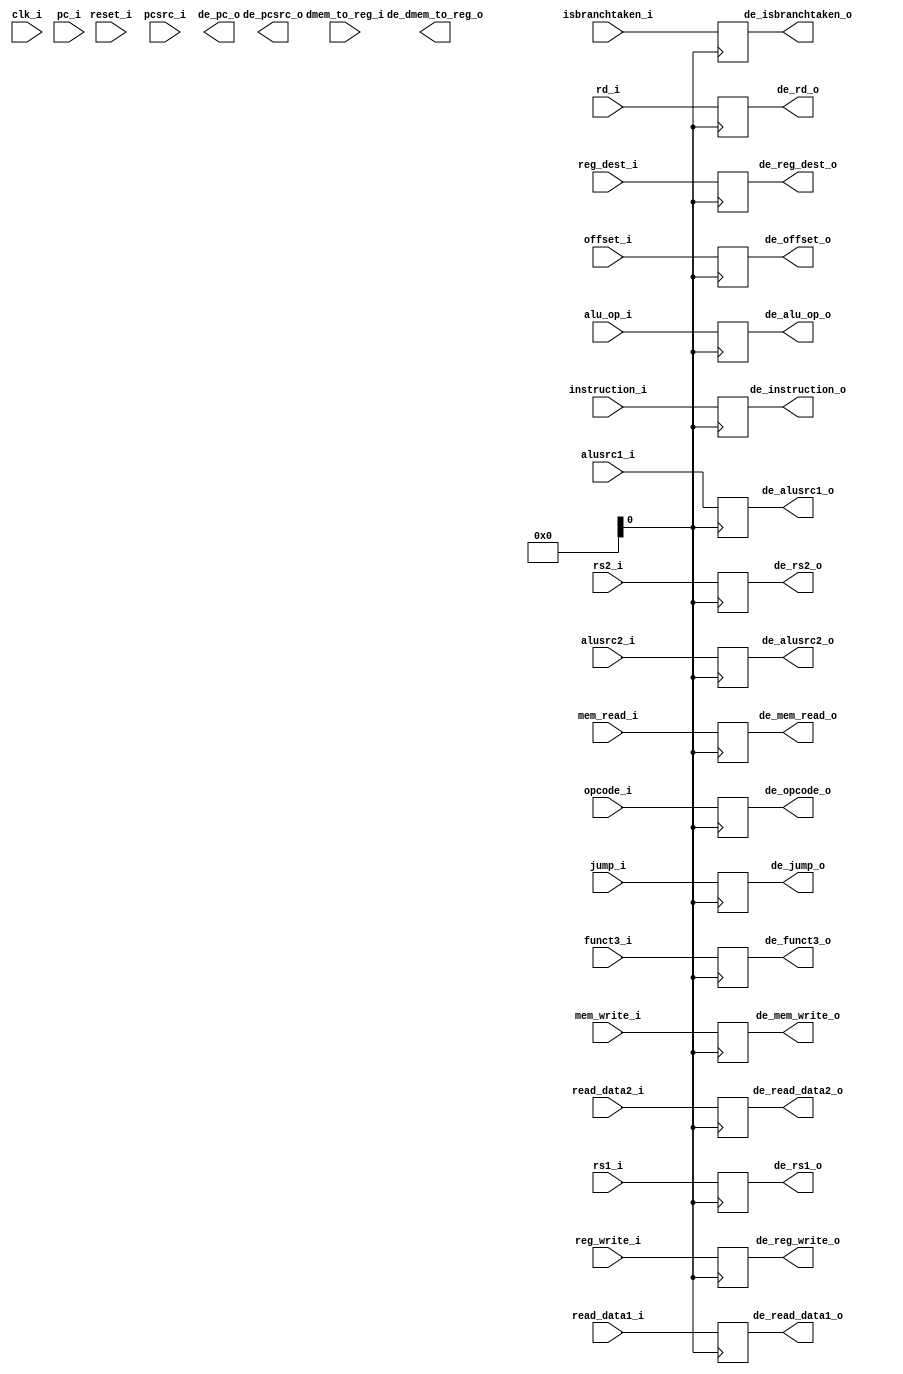
module decode_execute_register (
    input clk_i, //Clock input
    input reset_i, // Reset

    input [31:0] pcsrc_i, //PC source input
    input [31:0] pc_i, //PC input
    input [31:0] instruction_i, //Instruction input

    input [6:0] opcode_i, //opcode
    input [2:0] funct3_i, //funct3 field

    input [4:0] rs1_i, //rs1 field
    input [4:0] rs2_i, //rs2 field
    input [4:0] rd_i, //rd field    

    input [31:0] read_data1_i, // data read from reg source-1
    input [31:0] read_data2_i, // data read from reg source-2
    input [31:0] offset_i, // sign extended offset

    input alusrc1_i, //alu source-1
    input alusrc2_i, //alu source-2
    input [1:0] dmem_to_reg_i, //mem2reg
    input reg_write_i, //reg write (enables reg for writings)
    input reg_dest_i, //register destination to select to two possible destinations.
    input mem_read_i, //mem read
    input mem_write_i, //mem write
    input isbranchtaken_i, //branch taken
    input jump_i, // determines if jump is the instruction or not
    input [5:0] alu_op_i, //alu op code 

    output [31:0] de_pcsrc_o, //PC source output
    output [31:0] de_pc_o, //PC output
    output [31:0] de_instruction_o, //instruction output

    output [6:0] de_opcode_o, //opcode
    output [2:0] de_funct3_o, //funct3 field

    output [4:0] de_rs1_o, //rs1 field
    output [4:0] de_rs2_o, //rs2 field
    output [4:0] de_rd_o, //rd field

    output [31:0] de_read_data1_o, // data read from reg source-1
    output [31:0] de_read_data2_o, // data read from reg source-2
    output [31:0] de_offset_o, // sign extended offset

    output de_alusrc1_o, //alu source
    output de_alusrc2_o, //alu source
    output [1:0] de_dmem_to_reg_o, //dmem2reg
    output de_reg_write_o, //reg write (enables reg for writings)
    output de_reg_dest_o, //register destination to select to two possible destinations.
    output de_mem_read_o, //mem read
    output de_mem_write_o, //mem write
    output de_isbranchtaken_o, //branch taken
    output de_jump_o, // determines if jump is the instruction or not
    output [5:0] de_alu_op_o //alu op code 
);

reg [31:0] decode_execute_pcsrc_reg; //Program counter before update
reg [31:0] decode_execute_pc_reg; //Program counter after update
reg [31:0] decode_execute_instruction_reg; // Instruction 

reg [6:0] decode_execute_opcode_reg; //opcode
reg [2:0] decode_execute_funct3_reg; //funct3 field

reg [4:0] decode_execute_rs1_reg; //rs1 field
reg [4:0] decode_execute_rs2_reg; //rs2 field
reg [4:0] decode_execute_rd_reg; //rd field

reg [31:0] decode_execute_read_data1_reg; // data read from reg source-1
reg [31:0] decode_execute_read_data2_reg; // data read from reg source-2
reg [31:0] decode_execute_offset_reg; // sign extended offset

reg decode_execute_alusrc1_reg; //alu source
reg decode_execute_alusrc2_reg; //alu source
reg [1:0] decode_execute_dmem_to_reg_reg; //mem2reg
reg decode_execute_reg_write_reg; //reg_write (enables reg_ for writings)
reg decode_execute_reg_dest_reg; //register destination to select to two possible destinations.
reg decode_execute_mem_read_reg; //mem read
reg decode_execute_mem_write_reg; //mem write
reg decode_execute_isbranchtaken_reg; //branch taken
reg decode_execute_jump_reg; // determines if jump is the instruction or not
reg [5:0] decode_execute_alu_op_reg; //alu op code 

always @(posedge clk) begin
    decode_execute_pcsrc_reg <= pcsrc_i;
    decode_execute_pc_reg <= pc_i;
    decode_execute_instruction_reg <= instruction_i;

    decode_execute_opcode_reg <= opcode_i;
    decode_execute_funct3_reg <= funct3_i;
    decode_execute_rs1_reg <= rs1_i;
    decode_execute_rs2_reg <= rs2_i;
    decode_execute_rd_reg <= rd_i;
    decode_execute_read_data1_reg <= read_data1_i;
    decode_execute_read_data2_reg <= read_data2_i;
    decode_execute_offset_reg <= offset_i;

    decode_execute_alusrc1_reg <= alusrc1_i;
    decode_execute_alusrc2_reg <= alusrc2_i;
    decode_execute_dmem_to_reg_reg <= dmem_to_reg_i;
    decode_execute_reg_write_reg <= reg_write_i;
    decode_execute_reg_dest_reg <= reg_dest_i;
    decode_execute_mem_read_reg <= mem_read_i;
    decode_execute_mem_write_reg <= mem_write_i;
    decode_execute_isbranchtaken_reg <= isbranchtaken_i;
    decode_execute_jump_reg <= jump_i;
    decode_execute_alu_op_reg <= alu_op_i;
end

assign de_pcsrc_o = de_pcsrc_reg;
assign de_pc_o = de_pc_reg;
assign de_instruction_o = decode_execute_instruction_reg;

assign de_opcode_o = decode_execute_opcode_reg;
assign de_funct3_o = decode_execute_funct3_reg;
assign de_rs1_o = decode_execute_rs1_reg;
assign de_rs2_o = decode_execute_rs2_reg;
assign de_rd_o = decode_execute_rd_reg;
assign de_read_data1_o = decode_execute_read_data1_reg;
assign de_read_data2_o = decode_execute_read_data2_reg;
assign de_offset_o = decode_execute_offset_reg;

assign de_alusrc1_o = decode_execute_alusrc1_reg;
assign de_alusrc2_o = decode_execute_alusrc2_reg;
assign de_mem_to_reg_o = decode_execute_dmem_to_reg_reg;
assign de_reg_write_o = decode_execute_reg_write_reg;
assign de_reg_dest_o = decode_execute_reg_dest_reg;
assign de_mem_read_o = decode_execute_mem_read_reg;
assign de_mem_write_o = decode_execute_mem_write_reg;
assign de_isbranchtaken_o = decode_execute_isbranchtaken_reg;
assign de_jump_o = decode_execute_jump_reg;
assign de_alu_op_o = decode_execute_alu_op_reg;

endmodule